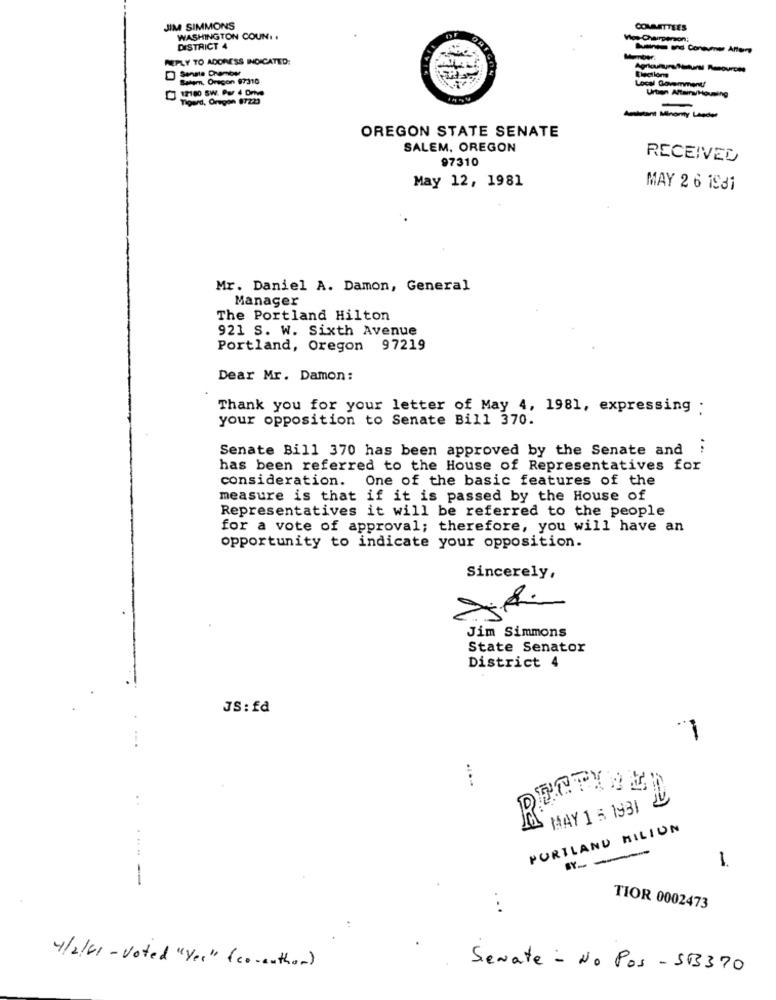
JIM SIMMONS
COMMITTEES
WASHINGTON COUN. .
DISTRICT 4
Business and Consumer Altare
REPLY TO ADORESS INDICATED:
Election
Agricultura Natural Resources
Salem, Oregon 97310
Local Government/
12100 5W. Par 4 Omte
Urten Altains/Housing
Tigerd, Oregon 87223
---
OREGON STATE SENATE
SALEM, OREGON
97310
RECEIVED
May 12, 1981
MAY 2 6 1931
Mr. Daniel A. Damon, General
Manager
The Portland Hilton
921 S. W. Sixth Avenue
Portland, Oregon 97219
Dear Mr. Damon:
Thank you for your letter of May 4, 1981, expressing :
your opposition to Senate Bill 370.
Senate Bill 370 has been approved by the Senate and :
has been referred to the House of Representatives for
consideration. One of the basic features of the
measure is that if it is passed by the House of
Representatives it will be referred to the people
for a vote of approval; therefore, you will have an
opportunity to indicate your opposition.
Sincerely,
Jim Simmons
State Senator
District 4
JS: fd
ECTIEN
MAY 1 5 1931 20
R
PORTLAND MILION
-- -
...-
...
TIOR 0002473
4/2/61 - voted "Yes" ( co-author)
Senate - No Pos - 583370